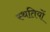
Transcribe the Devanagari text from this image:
स्‍थतियों